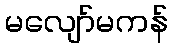
မလျော်မကန်